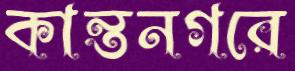
কান্তনগরে